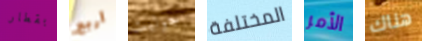
بقطار أربع جوليت المختلفة الأمر هناك